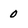
Character: 0